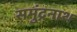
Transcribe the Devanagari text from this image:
समुंद्रनाथ